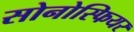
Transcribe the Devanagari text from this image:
सोनोस्फियर